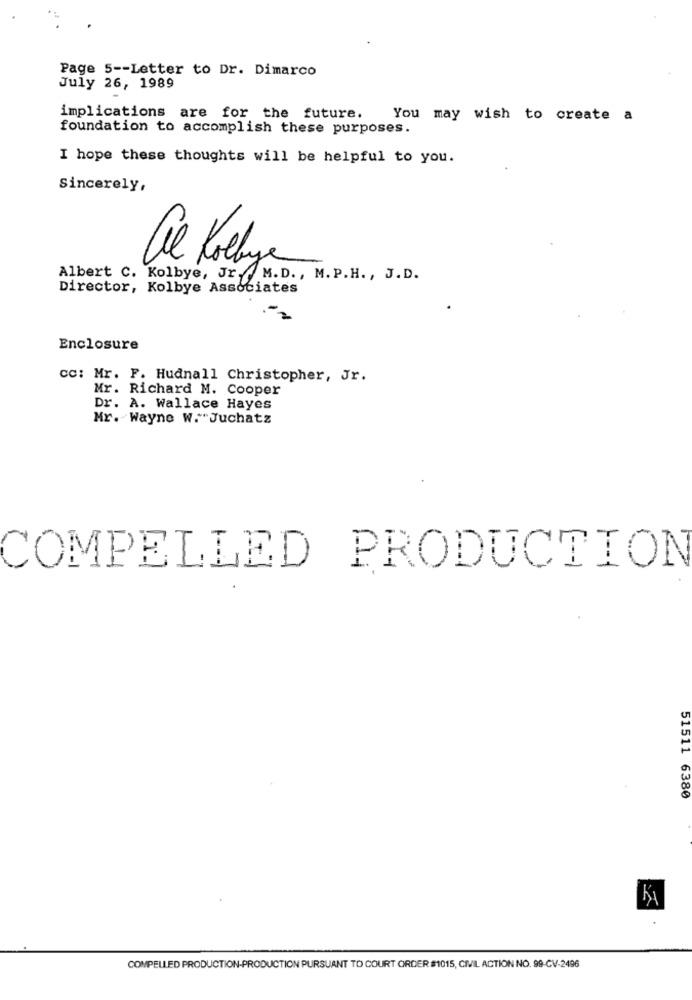
Page 5 -- Letter to Dr. Dimarco
July 26, 1989
implications are for the future. You may wish to create a
foundation to accomplish these purposes.
I hope these thoughts will be helpful to you.
Sincerely,
Albert C. Kolbye, Jr. M. D. , M. P.H. , J.D.
Director, Kolbye Associates
Enclosure
CC: Mr. F. Hudnall Christopher, Jr.
Mr. Richard M. Cooper
Dr. A. Wallace Hayes
Mr. Wayne W. Juchatz
COMPELLED PRODUCTION
51511 6380
Ki
COMPELLED PRODUCTION-PRODUCTION PURSUANT TO COURT ORDER #1015, CIVIL ACTION NO. 99-CV-2496